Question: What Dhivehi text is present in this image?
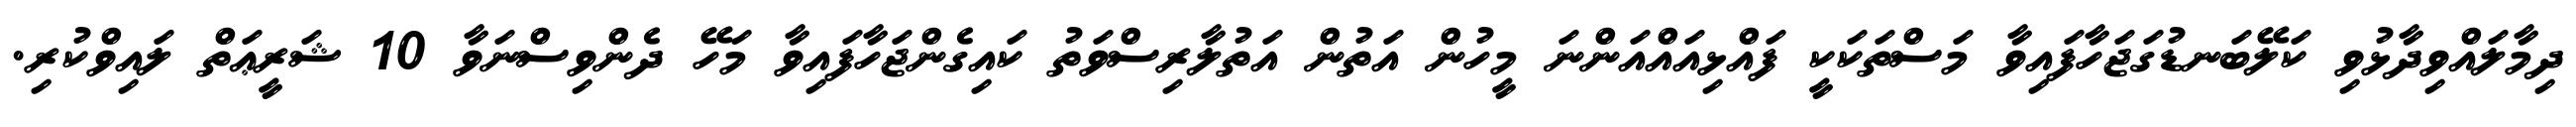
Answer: ދިމާލައްވިދާޅުވި ކަލޭބަނޑުގަޖަހާފައިވާ މަސްތަކަކީ ފައްޅިއައްއަންނަ މީހުން އަތުން އަތުލާރިސްވަތު ކައިގެންޖަހާފައިވާ މަހޭ ދެންވިސްނަވާ 10 ޝަރީޢަތް ލައިވްކުރި.